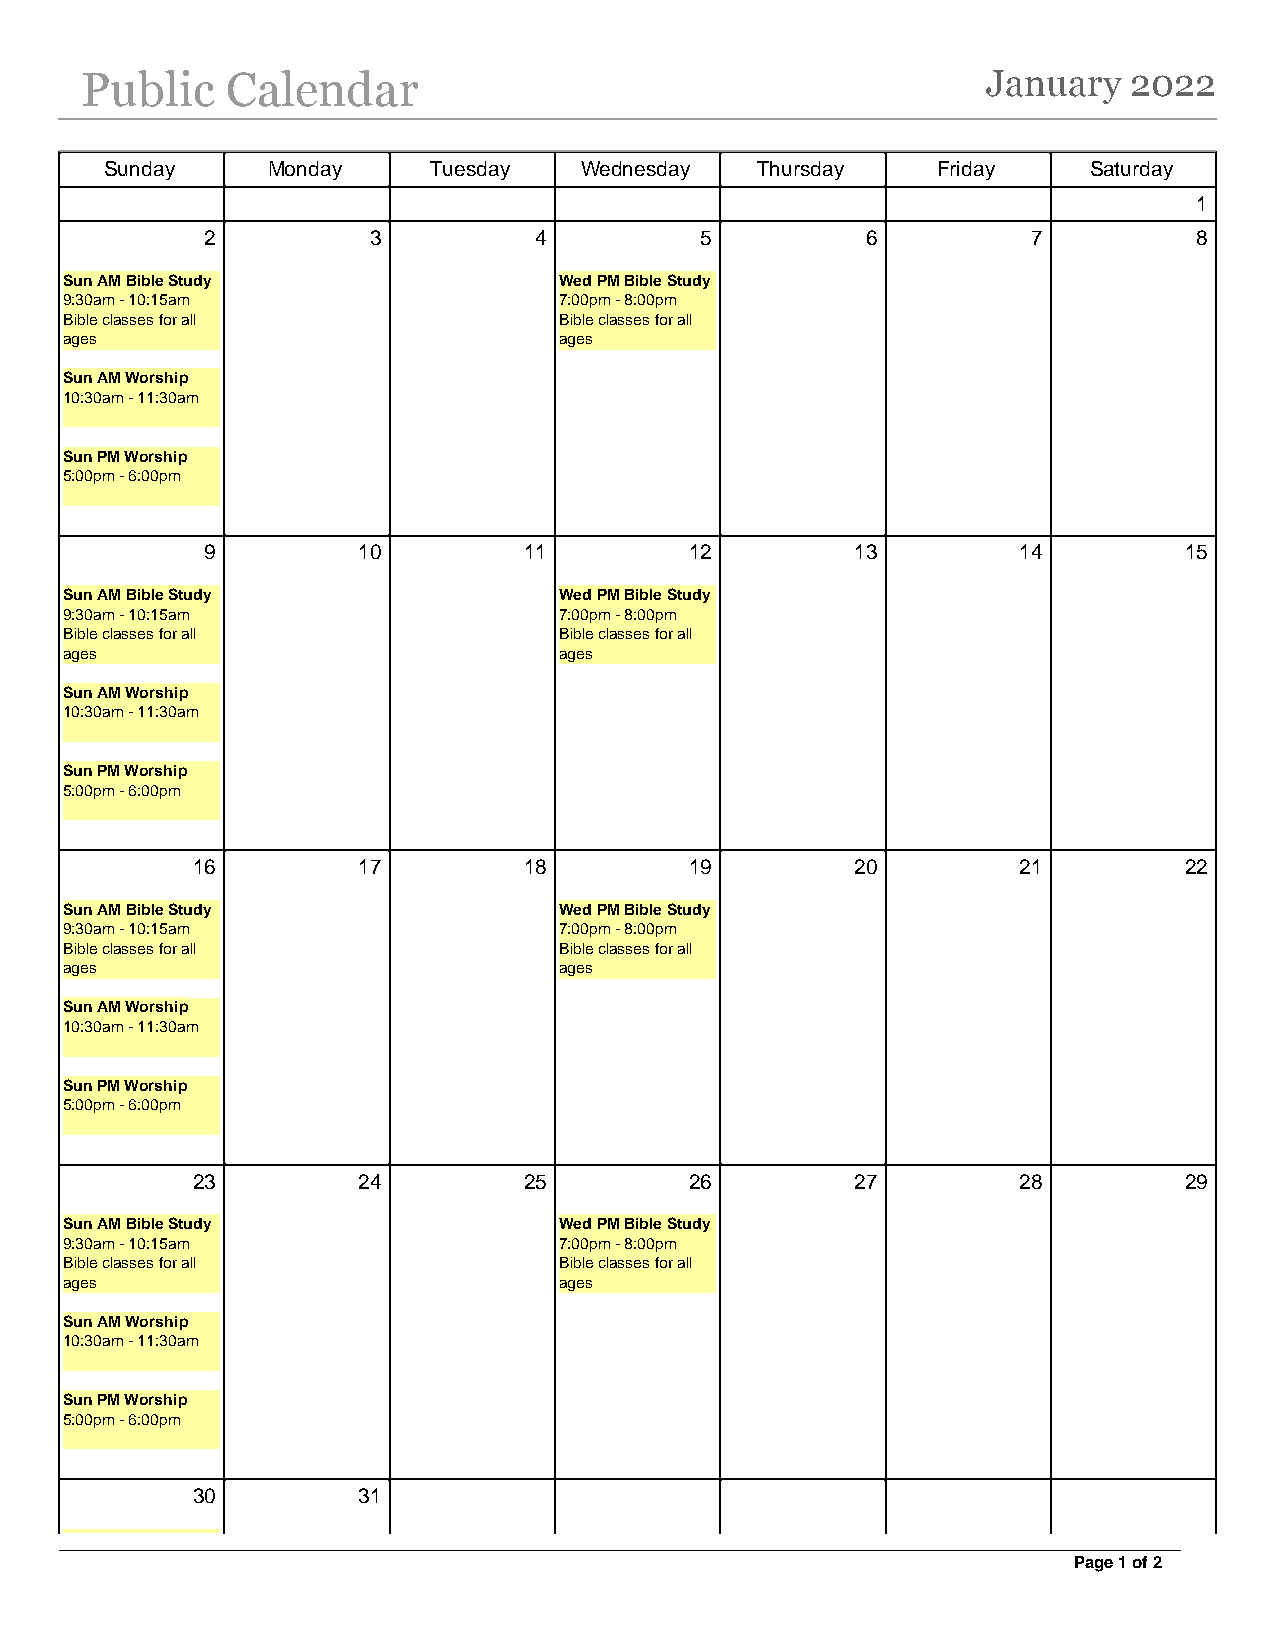
Public    Calendar                                          January   2022
 Sunday     Monday    Tuesday   Wednesday   Thursday    Friday    Saturday
 1
 2         3          4          5          6          7          8
 Sun AM Bible Study               Wed PM Bible Study
 9:30am - 10:15am                 7:00pm - 8:00pm
 Bible classes for all            Bible classes for all
 ages                             ages
 Sun AM Worship
 10:30am - 11:30am
 Sun PM Worship
 5:00pm - 6:00pm
 9         10         11         12         13        14         15
 Sun AM Bible Study               Wed PM Bible Study
 9:30am - 10:15am                 7:00pm - 8:00pm
 Bible classes for all            Bible classes for all
 ages                             ages
 Sun AM Worship
 10:30am - 11:30am
 Sun PM Worship
 5:00pm - 6:00pm
 16         17         18         19         20        21         22
 Sun AM Bible Study               Wed PM Bible Study
 9:30am - 10:15am                 7:00pm - 8:00pm
 Bible classes for all            Bible classes for all
 ages                             ages
 Sun AM Worship
 10:30am - 11:30am
 Sun PM Worship
 5:00pm - 6:00pm
 23         24         25         26         27        28         29
 Sun AM Bible Study               Wed PM Bible Study
 9:30am - 10:15am                 7:00pm - 8:00pm
 Bible classes for all            Bible classes for all
 ages                             ages
 Sun AM Worship
 10:30am - 11:30am
 Sun PM Worship
 5:00pm - 6:00pm
 30         31
 Page 1 of 2